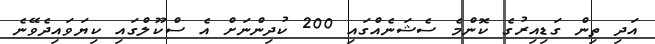
އަދި ތިން ގަޑިއިރުގެ ކޮންމެ ސެޝަނެއްގައި 200 ކުދިންނަށް އެ ސްކޫލްގައި ކިޔަވައިދެވޭނެ